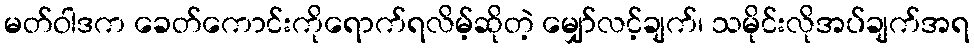
မတ်ဝါဒက ခေတ်ကောင်းကိုရောက်ရလိမ့်ဆိုတဲ့ မျှော်လင့်ချက်၊ သမိုင်းလိုအပ်ချက်အရ